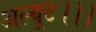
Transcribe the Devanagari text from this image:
अल्यूट।।।